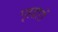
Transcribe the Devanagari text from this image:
गृहद्वारों